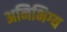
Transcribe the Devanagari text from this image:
अनिभिग्य